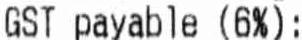
GST PAYABLE (6%):